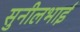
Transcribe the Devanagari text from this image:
सुनीलभाई